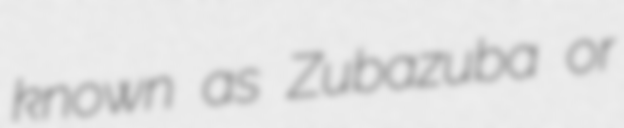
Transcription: known as Zubazuba or